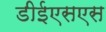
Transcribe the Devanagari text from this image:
डीईएसएस